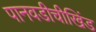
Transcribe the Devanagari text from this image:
पानवडीचीखिंड